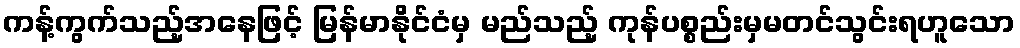
ကန့်ကွက်သည့်အနေဖြင့် မြန်မာနိုင်ငံမှ မည်သည့် ကုန်ပစ္စည်းမှမတင်သွင်းရဟူသော